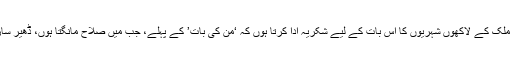
میں سب سے پہلے تو ملک کے لاکھوں شہریوں کا اس بات کے لیے شکریہ ادا کرتا ہوں کہ ‘من کی بات’ کے پہلے، جب میں صلاح مانگتا ہوں، ڈھیر سارے مشورے آتے ہیں۔